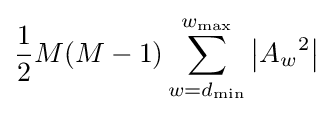
{\frac {1}{2}}M(M-1)\sum _{w=d_{\min }}^{w_{\max }}\left\vert {A_{w}}^{2}\right\vert